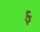
ફ